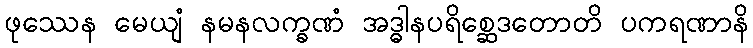
ဖုဿေန မေယျံ နမနလက္ခဏံ အဒ္ဓါနပရိစ္ဆေဒတောတိ ပကရဏာနိ